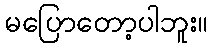
မပြောတော့ပါဘူး။